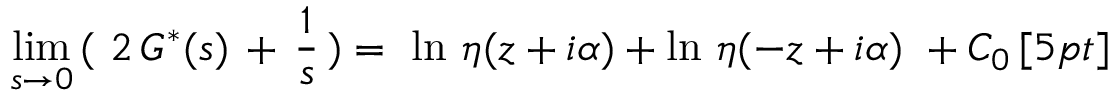
\operatorname * { l i m } _ { s \rightarrow 0 } \, ( \, \, 2 \, G ^ { * } ( s ) \, + \, \frac { 1 } { s } \, ) = \, \, \ln \, \eta ( z + i \alpha ) + \ln \, \eta ( - z + i \alpha ) \, \, + C _ { 0 } \, [ 5 p t ]